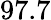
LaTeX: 97.7